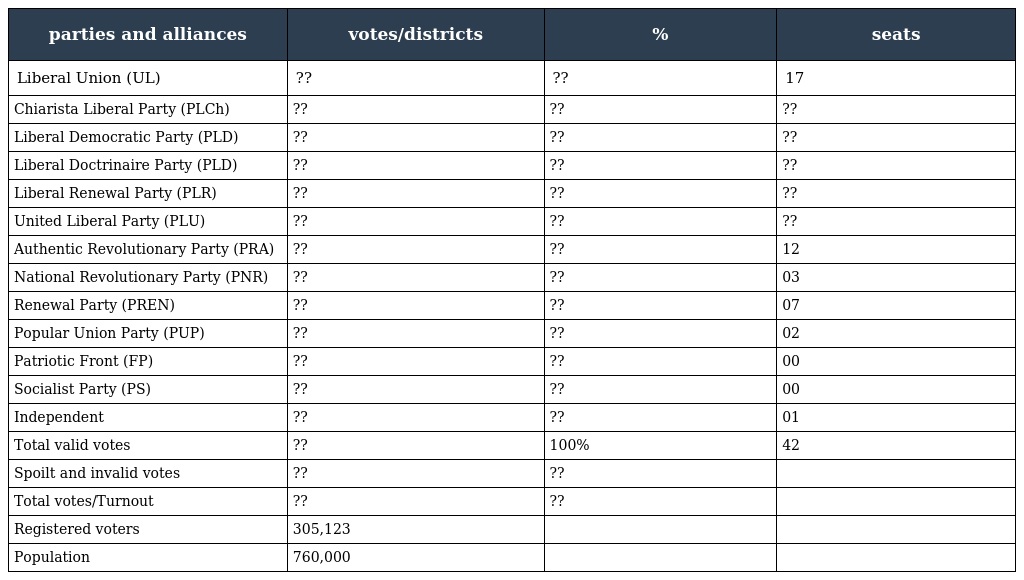
| parties and alliances | votes/districts | % | seats |
 | --- | --- | --- | --- |
 | Liberal Union (UL) | ?? | ?? | 17 |
 | Chiarista Liberal Party (PLCh) | ?? | ?? | ?? |
 | Liberal Democratic Party (PLD) | ?? | ?? | ?? |
 | Liberal Doctrinaire Party (PLD) | ?? | ?? | ?? |
 | Liberal Renewal Party (PLR) | ?? | ?? | ?? |
 | United Liberal Party (PLU) | ?? | ?? | ?? |
 | Authentic Revolutionary Party (PRA) | ?? | ?? | 12 |
 | National Revolutionary Party (PNR) | ?? | ?? | 03 |
 | Renewal Party (PREN) | ?? | ?? | 07 |
 | Popular Union Party (PUP) | ?? | ?? | 02 |
 | Patriotic Front (FP) | ?? | ?? | 00 |
 | Socialist Party (PS) | ?? | ?? | 00 |
 | Independent | ?? | ?? | 01 |
 | Total valid votes | ?? | 100% | 42 |
 | Spoilt and invalid votes | ?? | ?? |  |
 | Total votes/Turnout | ?? | ?? |  |
 | Registered voters | 305,123 |  |  |
 | Population | 760,000 |  |  |